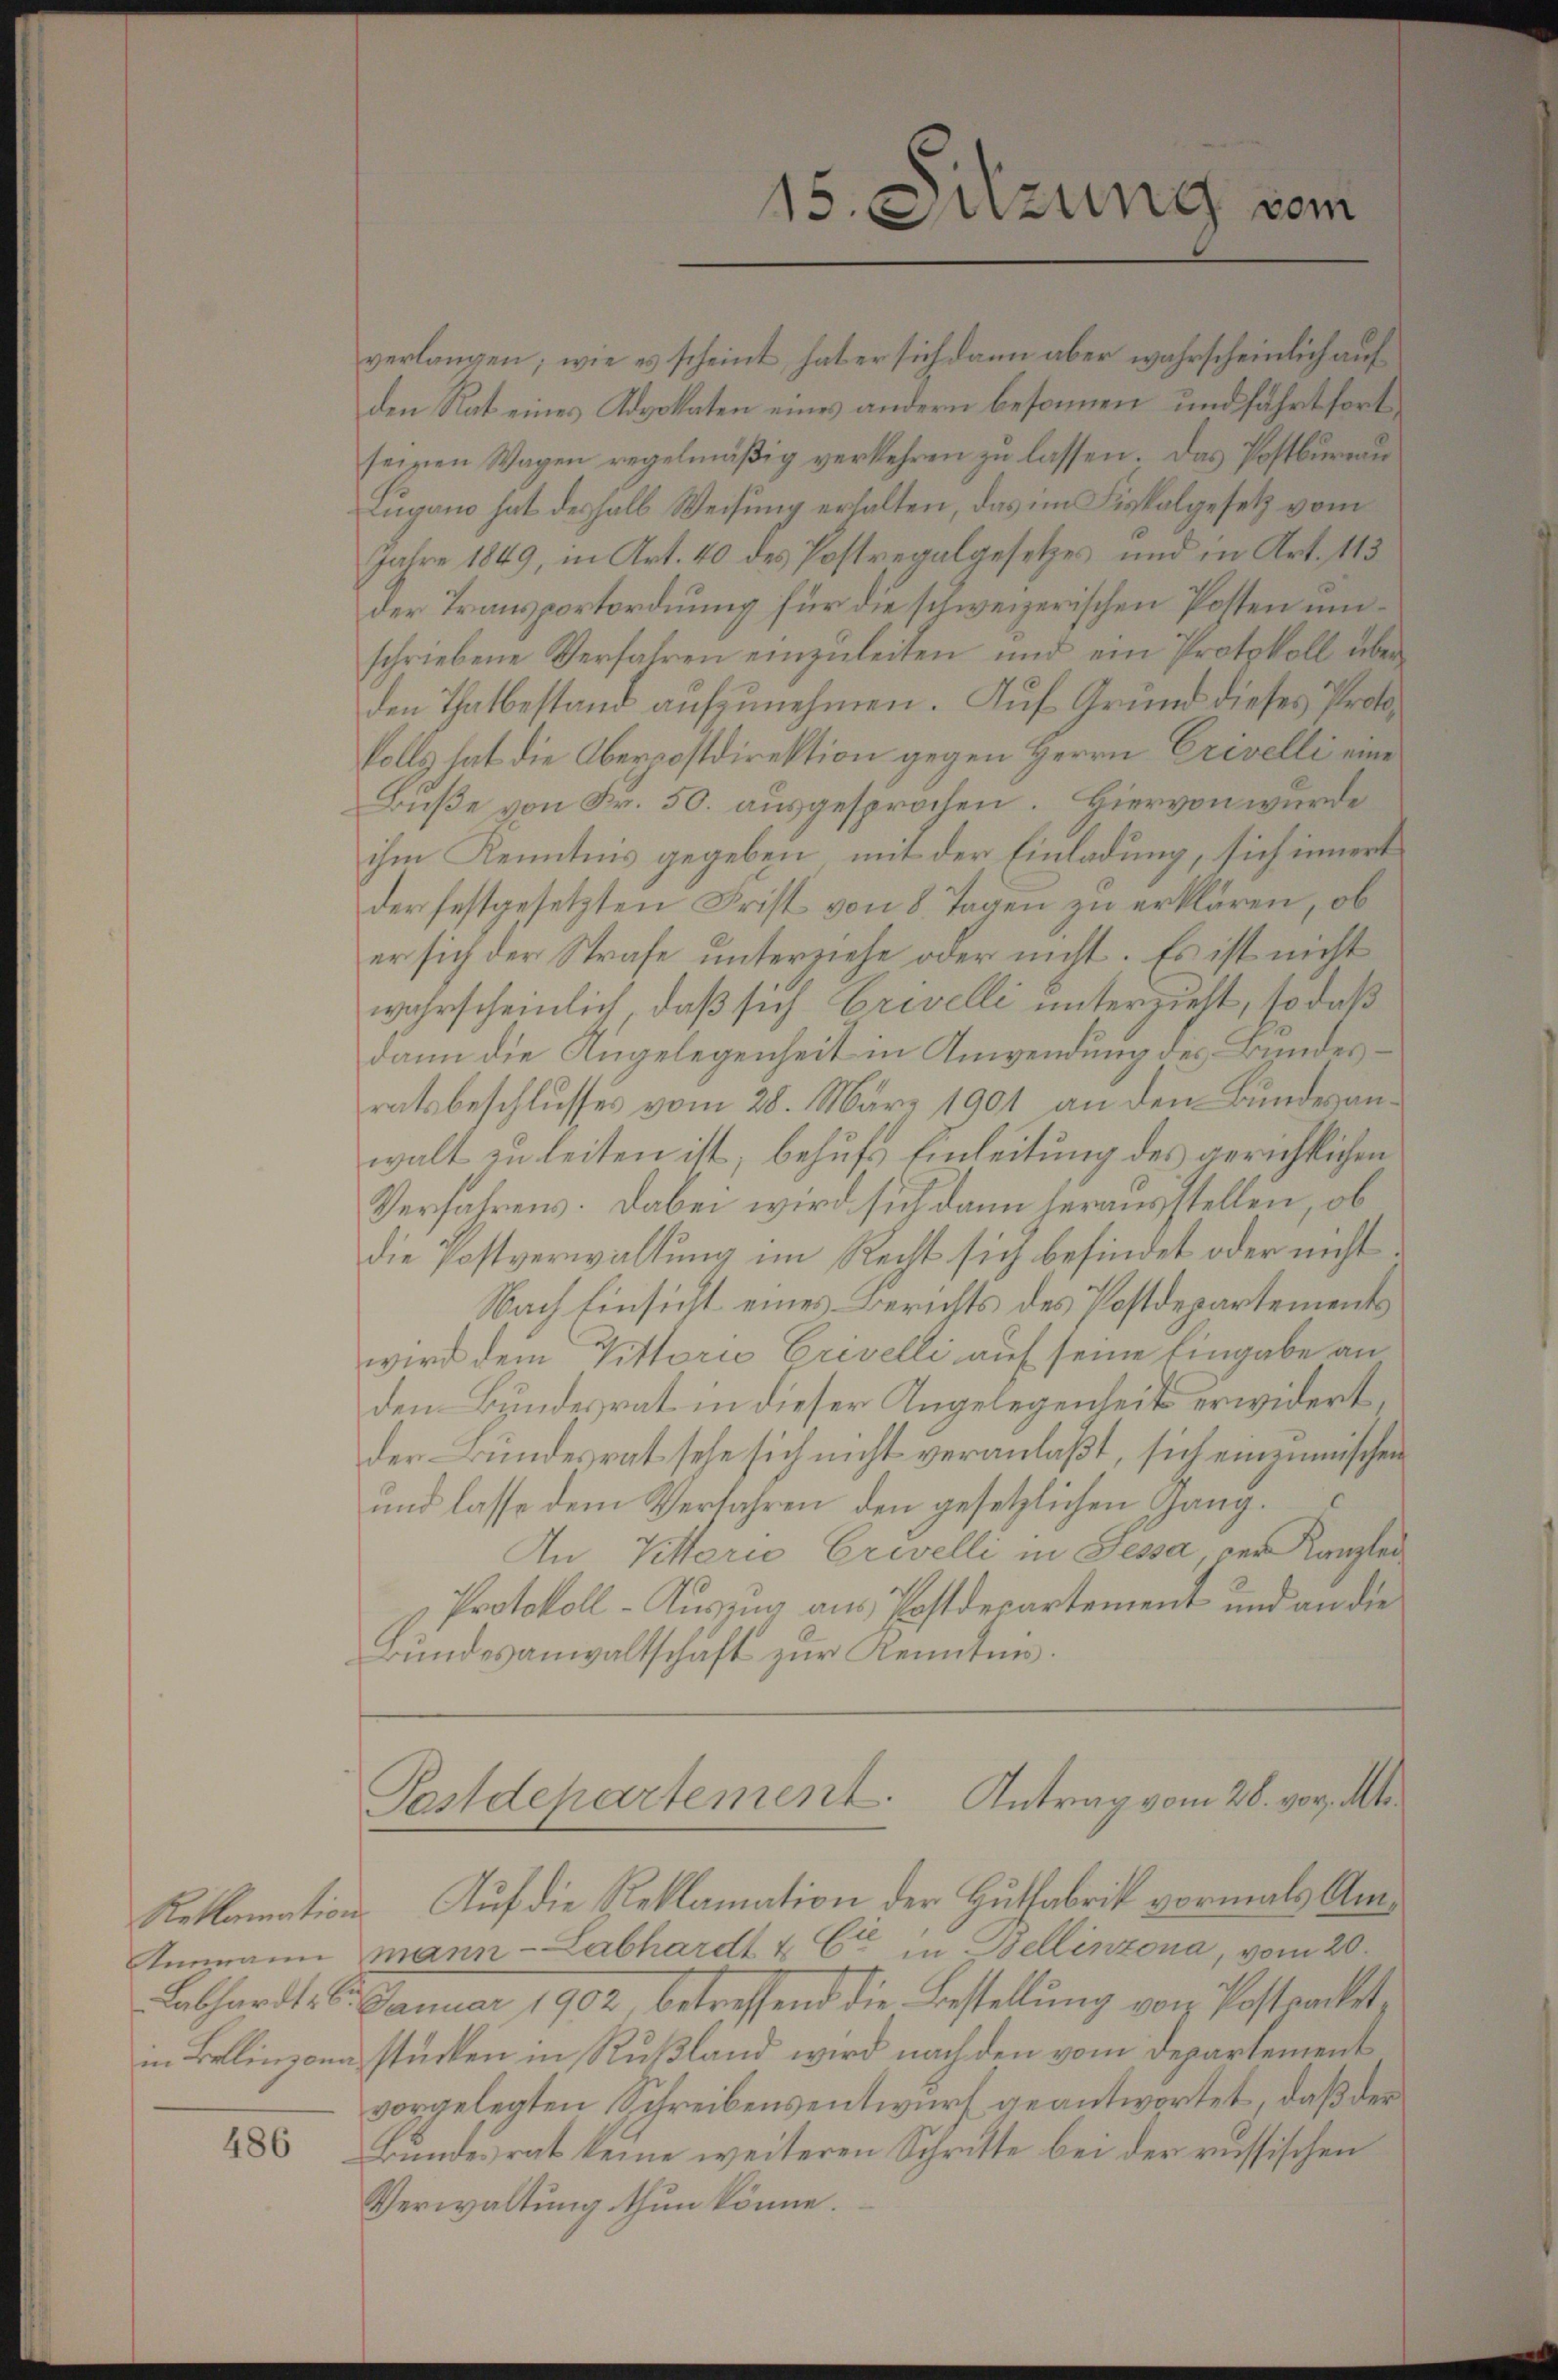
Ammann

486

verlangen; wie es scheint, hat er sich dann aber wahrscheinlich auf
den Rat eines Advokaten eines andern besonnen und führt fortseinen Wagen regelmäßig verkehren zu lassen. Das Postbureau
Lugano hat deshalb Weisung erhalten, das im Fiskalgesetz vom
Jahre 1849, in Art. 40 des Postregalgesetzes und in Art. 115
der Transportordnung für die schweizerischen Posten umschriebene Verfahren einzuleiten und ein Protokoll über
den Thatbestand aufzunehmen. Auf Grund dieses Proto¬
Volls hat die Oberpostdirektion gegen Herrn Crivelli eine
Buße von Fr. 50. ausgesprochen. Hiervon wurde
ihm Kenntnis gegeben, mit der Einladung, sich innert
der festgesetzten Frist von 8 Tagen zu erklären, ob
er sich der Strafe unterziehe oder nicht. Es ist nicht
wahrscheinlich, daß sich Crivelli unterzieht, so daß
dann die Angelegenheit in Anwendung des Bundesratsbeschlusses vom 28. März 1901 an den Bundesanwalt zu leiten ist, behufs Einleitung des gerichtlichen
Verfahrens. Dabei wird sich dann herausstellen, ob
die Postverwaltung im Recht sich befindet oder nicht
Nach Einsicht eines Berichts des Postdepartements
wird dem Vittorio Erivelli auf seine Eingabe an
den Bundesrat in dieser Angelegenheit erwidert
der Bundesrat sehe sich nicht veranlaßt, sich einzumischen
und lasse dem Verfahren den gesetzlichen Gang¬
An Vittario Erwelli in Sessa, der Kanzlei
Protokoll-Auszug aus Postdepartement und an die
Bundesanwaltschaft zur Kennten.

15. Sitzung vom

Postdepartement. Antrag vom 28. vor. M

Reklamation. Auf die Reklamation der Hutfabrik vormals Ammann - Labhardt & Cie Bellinzona, vom 20.
Labhardt - 6. Januar 1902, betreffend die Bestellung von Postracketin Bellinzona stücken in Rußland wird nach den vom Departement
vorgelegten Schreibensentwurf geantwortet, daß der
Bundesrat keine weiteren Schritte bei der russischen
Verwaltung thun könne.